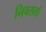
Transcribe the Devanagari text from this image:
निवसतां